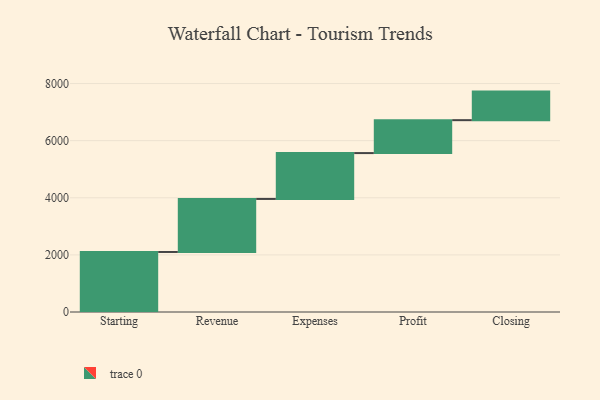
{"axis": {"x": "Step", "y": "Value"}, "legend": [""], "data": [{"x": "Starting", "y": 2102.0, "type": ""}, {"x": "Revenue", "y": 1857.0, "type": ""}, {"x": "Expenses", "y": 1606.0, "type": ""}, {"x": "Profit", "y": 1153.0, "type": ""}, {"x": "Closing", "y": 1000, "type": ""}]}